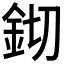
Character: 𨥔